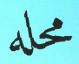
محله